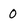
Character: 0